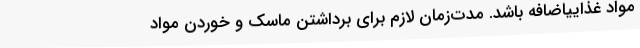
مواد غذاییاضافه باشد. مدت‌زمان لازم برای برداشتن ماسک و خوردن مواد